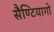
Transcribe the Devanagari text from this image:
सैण्टियागो